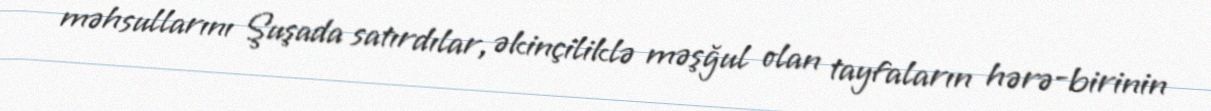
məhsullarını Şuşada satırdılar, əkinçiliklə məşğul olan tayfaların hərə-birinin